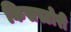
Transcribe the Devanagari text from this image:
किसस्टोरी